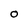
Character: O